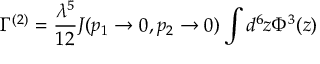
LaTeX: \Gamma ^ { ( 2 ) } = \frac { \lambda ^ { 5 } } { 1 2 } J ( p _ { 1 } \rightarrow 0 , p _ { 2 } \rightarrow 0 ) \int d ^ { 6 } z \Phi ^ { 3 } ( z )